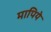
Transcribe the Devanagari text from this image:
मापिये